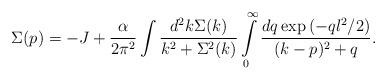
LaTeX: \begin{align*}\Sigma(p)=-J+\frac{\alpha}{2\pi^2}\int \frac{d^2 k \Sigma(k)}{k^2+\Sigma^2(k)}\int\limits_{0}^{\infty} \frac{dq \exp\left(-ql^2/2\right)}{(k-p)^2+q}.\end{align*}